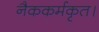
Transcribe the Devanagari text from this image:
नैककर्मकृत।